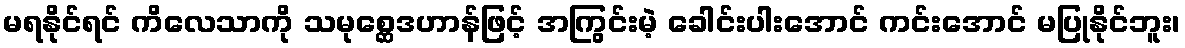
မရနိုင်ရင် ကိလေသာကို သမုစ္ဆေဒဟာန်ဖြင့် အကြွင်းမဲ့ ခေါင်းပါးအောင် ကင်းအောင် မပြုနိုင်ဘူး၊